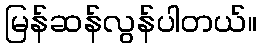
မြန်ဆန်လွန်ပါတယ်။